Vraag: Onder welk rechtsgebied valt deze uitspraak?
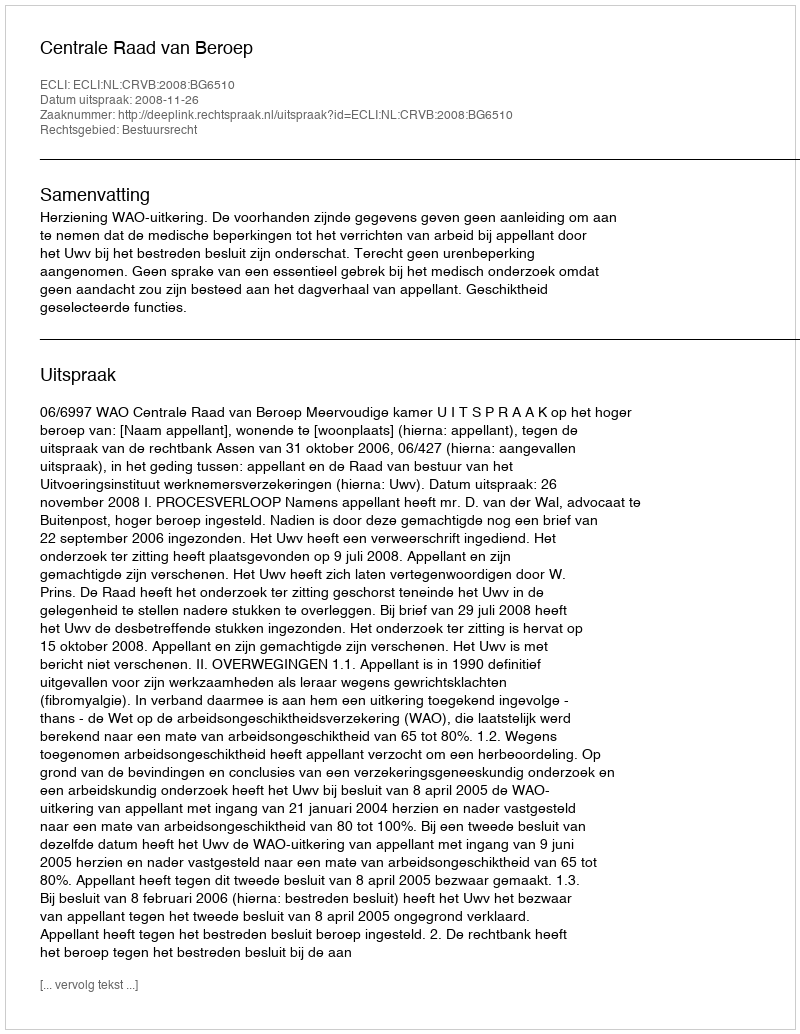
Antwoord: Bestuursrecht